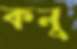
কনু